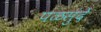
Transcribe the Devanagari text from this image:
पळसुंदे